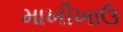
માખીખાઉ